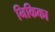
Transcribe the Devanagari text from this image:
निकिका